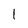
Character: 1